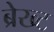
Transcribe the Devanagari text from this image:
ब्रेख्ट